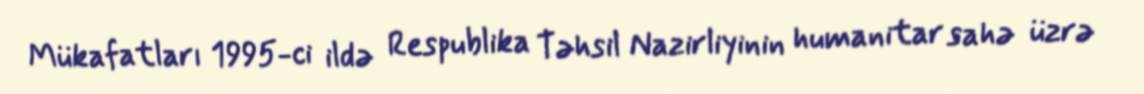
Mükafatları 1995-ci ildə Respublika Təhsil Nazirliyinin humanitar sahə üzrə